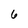
Character: 6